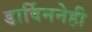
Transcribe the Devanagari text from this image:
डार्विननेही